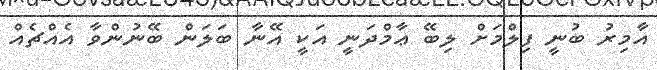
އާމިރު ބުނީ ފިލްމަށް ލިބޭ ޢާމްދަނީ އަކީ އޭނާ ބަލަން ބޭނުންވާ އެއްޗެއް